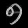
Digit: ၅